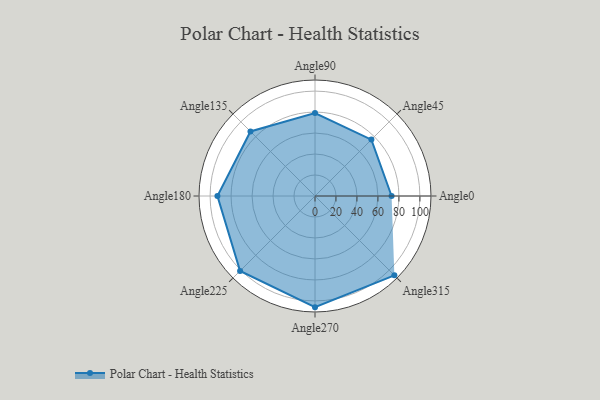
{"axis": {"x": "Angle", "y": "Radius"}, "legend": [""], "data": [{"x": "Angle0", "y": 73.0, "type": ""}, {"x": "Angle45", "y": 76.0, "type": ""}, {"x": "Angle90", "y": 79.0, "type": ""}, {"x": "Angle135", "y": 87.0, "type": ""}, {"x": "Angle180", "y": 93.0, "type": ""}, {"x": "Angle225", "y": 101.0, "type": ""}, {"x": "Angle270", "y": 106.0, "type": ""}, {"x": "Angle315", "y": 107.0, "type": ""}]}